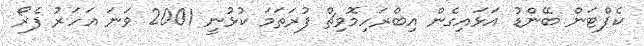
ކެޕްޓަން ބޭންޑު އަޅައިގެން އިބްރަހިމޮވިޗް ފުރަތަމަ ކުޅުނީ 2001 ވަނަ އަހަރު ފެރޯ